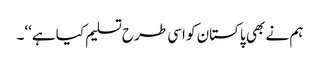
ہم نے بھی پاکستان کو اسی طرح تسلیم کیا ہے‘‘۔